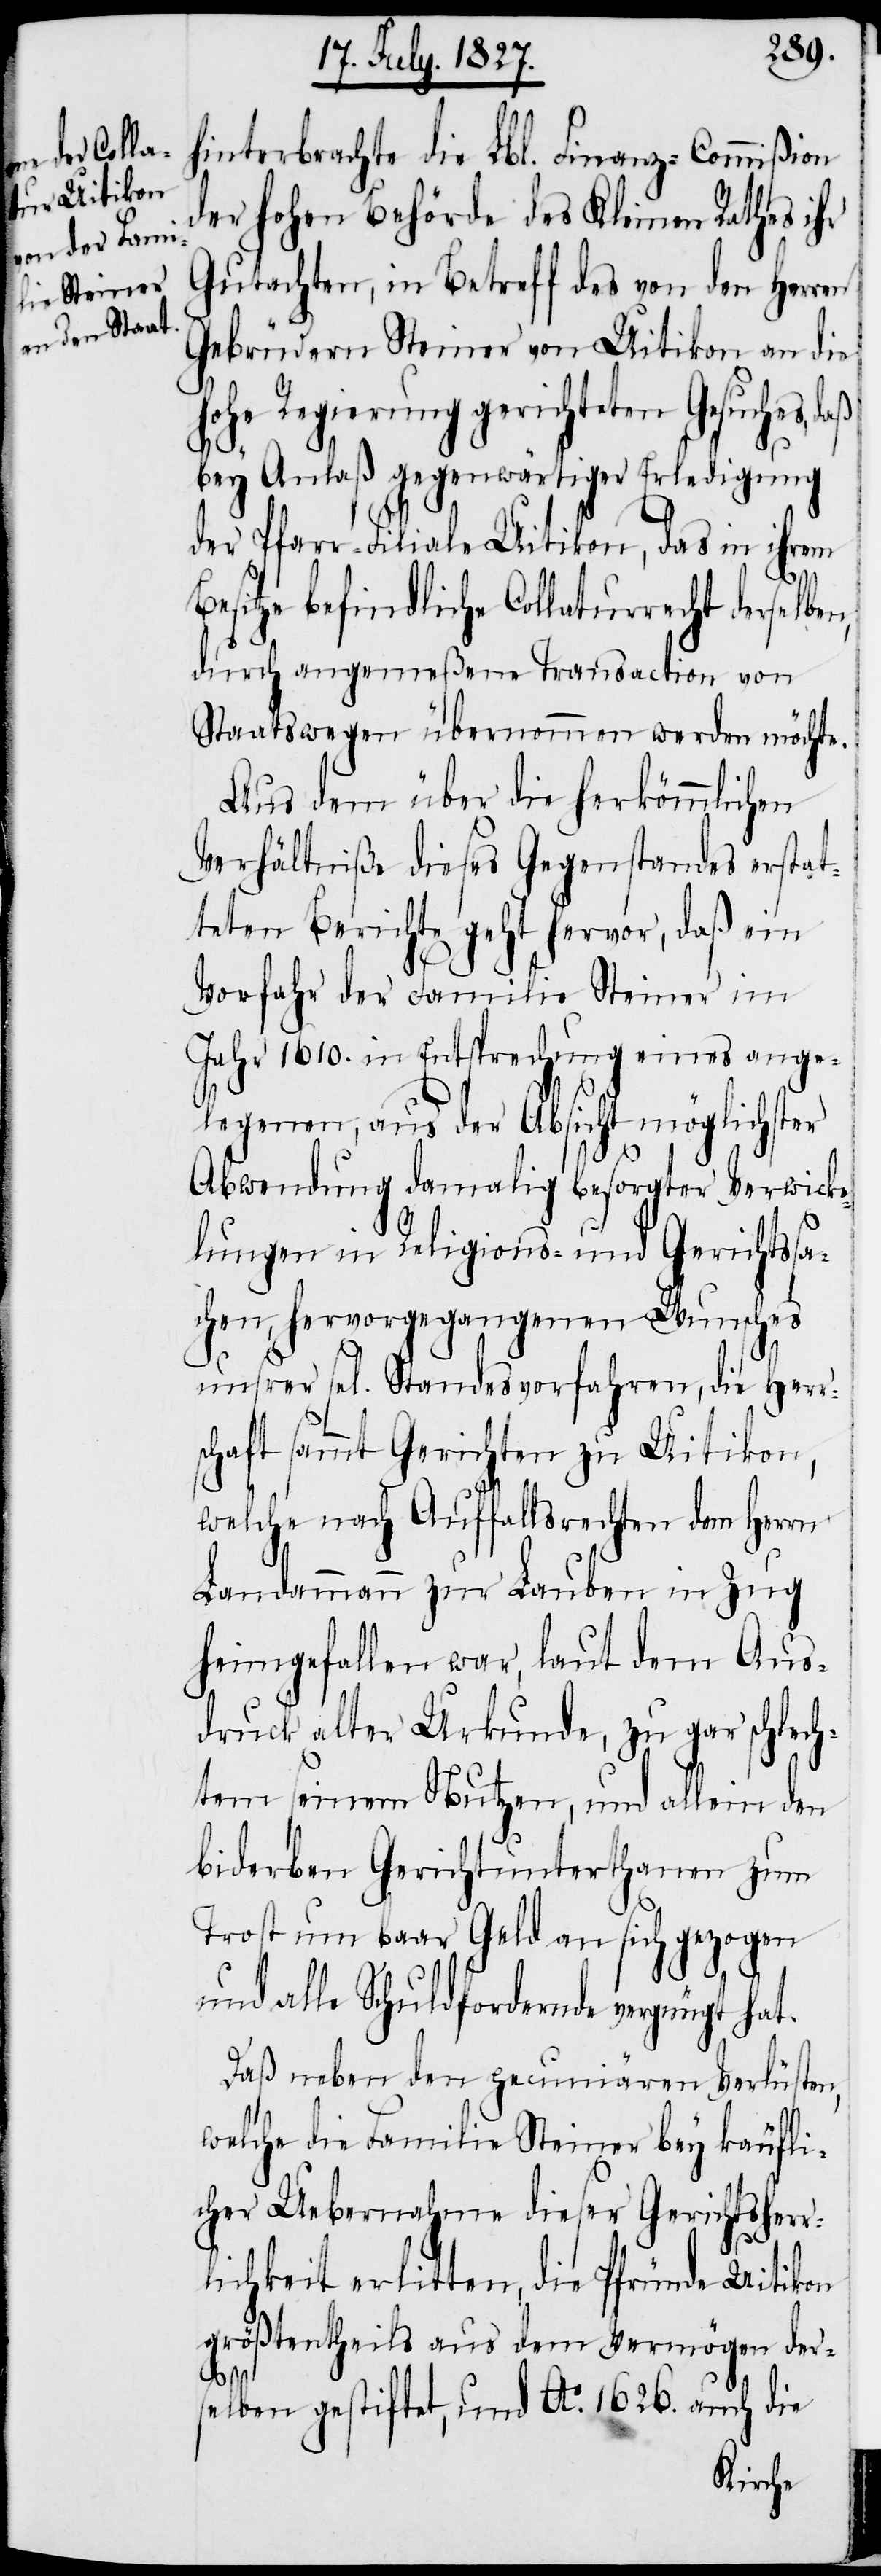
hinterbrachte die Lbl. Finanz-Commißion
der hohen Behörde des Kleinen Rathes ihr
Gutachten, in Betreff des von den Herren
Gebrüdern Steiner von Uitikon an die
hohe Regierung gerichteten Gesuches,
n,
bey Anlaß gegenwärtiger Erledigung
der Pfarr-Filiale Uitikon, das in ihrem
Besitze befindliche Collaturrecht derselbe¬
durch angemeßene Transaction von
Staatswegen übernommen werden möchte.
Aus dem über die herkömmlichen
Verhältniße dieses Gegenstandes erstat¬
teten Berichte geht hervor, daß ein
Vorfahr der Familie Steiner im
Jahr 1610. in Entsprechung eines ange¬
legenen, aus der Absicht möglichster
Abwendung damalig besorgter Verwick¬
lungen in Religions- und Gerichtssa¬
chen, hervorgegangenen Wunsches
sel[igen] Standesvorfahren, die Herr¬
schaft sammt Gerichten zu Uitikon,
welche nach Auffallsrechten dem Herrn
Landammann zur Lauben in Zug
heimgefallen war, laut dem Aus¬
druck alter Urkunde, zu gar schlec¬
htem seinem Nutzen, und allein den
biderben Gerichtsunterthanen zum
Trost um baar Geld an sich gezogen
und alle Schuldfordernde vergnügt hat.
Daß neben den pecuniären Verlüsten,
welche die Familie Steiner bey käufli¬
cher Uebernahme dieser Gerichtsherr¬
lichkeit erlitten, die Pfründe Uitikon
größtentheils aus dem Vermögen der¬
unsrer
selben gestiftet, und Ao. 1626. auch die